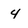
Character: 4